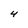
Character: 4